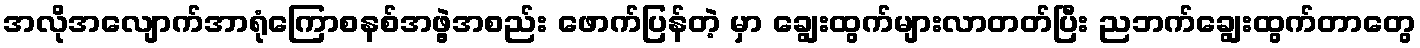
အလိုအလျောက်အာရုံကြောစနစ်အဖွဲ့အစည်း ဖောက်ပြန်တဲ့ မှာ ချွေးထွက်များလာတတ်ပြီး ညဘက်ချွေးထွက်တာတွေ